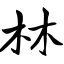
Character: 林